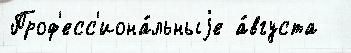
Проф'есс'иона́льныjе а́вгуста